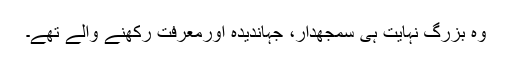
وہ بزرگ نہایت ہی سمجھدار، جہاندیدہ اورمعرفت رکھنے والے تھے۔